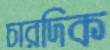
চারদিক